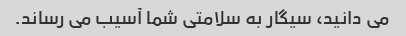
می دانید، سیگار به سلامتی شما آسیب می رساند.